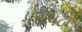
પરોપટો